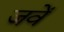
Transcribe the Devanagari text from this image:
जवें